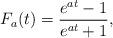
LaTeX: \begin{align*}F_a(t)= \frac{e^{at}-1}{e^{at}+1},\end{align*}